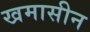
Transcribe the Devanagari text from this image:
खमासीन